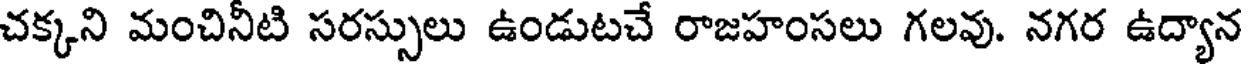
చక్కని మంచినీటి సరస్సులు ఉండుటచే రాజహంసలు గలవు. నగర ఉద్యాన